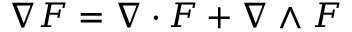
\nabla F = \nabla \cdot F + \nabla \wedge F